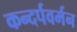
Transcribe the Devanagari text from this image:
कन्दर्पवर्मन